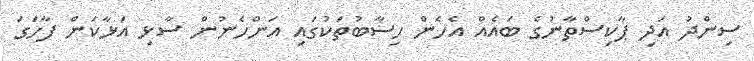
ސިންދު އަދި ޕާކިސްތާނުގެ ބައެއް އެހެން ހިސާބުތަކުގައި އަންހެނުން ސާޅި އަޅާކަން ފާހަގަ